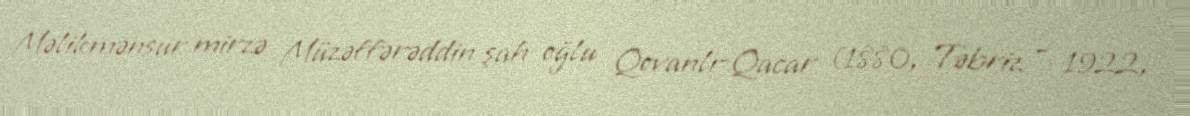
Məlikmənsur mirzə Müzəffərəddin şah oğlu Qovanlı-Qacar (1880, Təbriz – 1922,